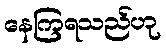
နေကြရသည်ဟု